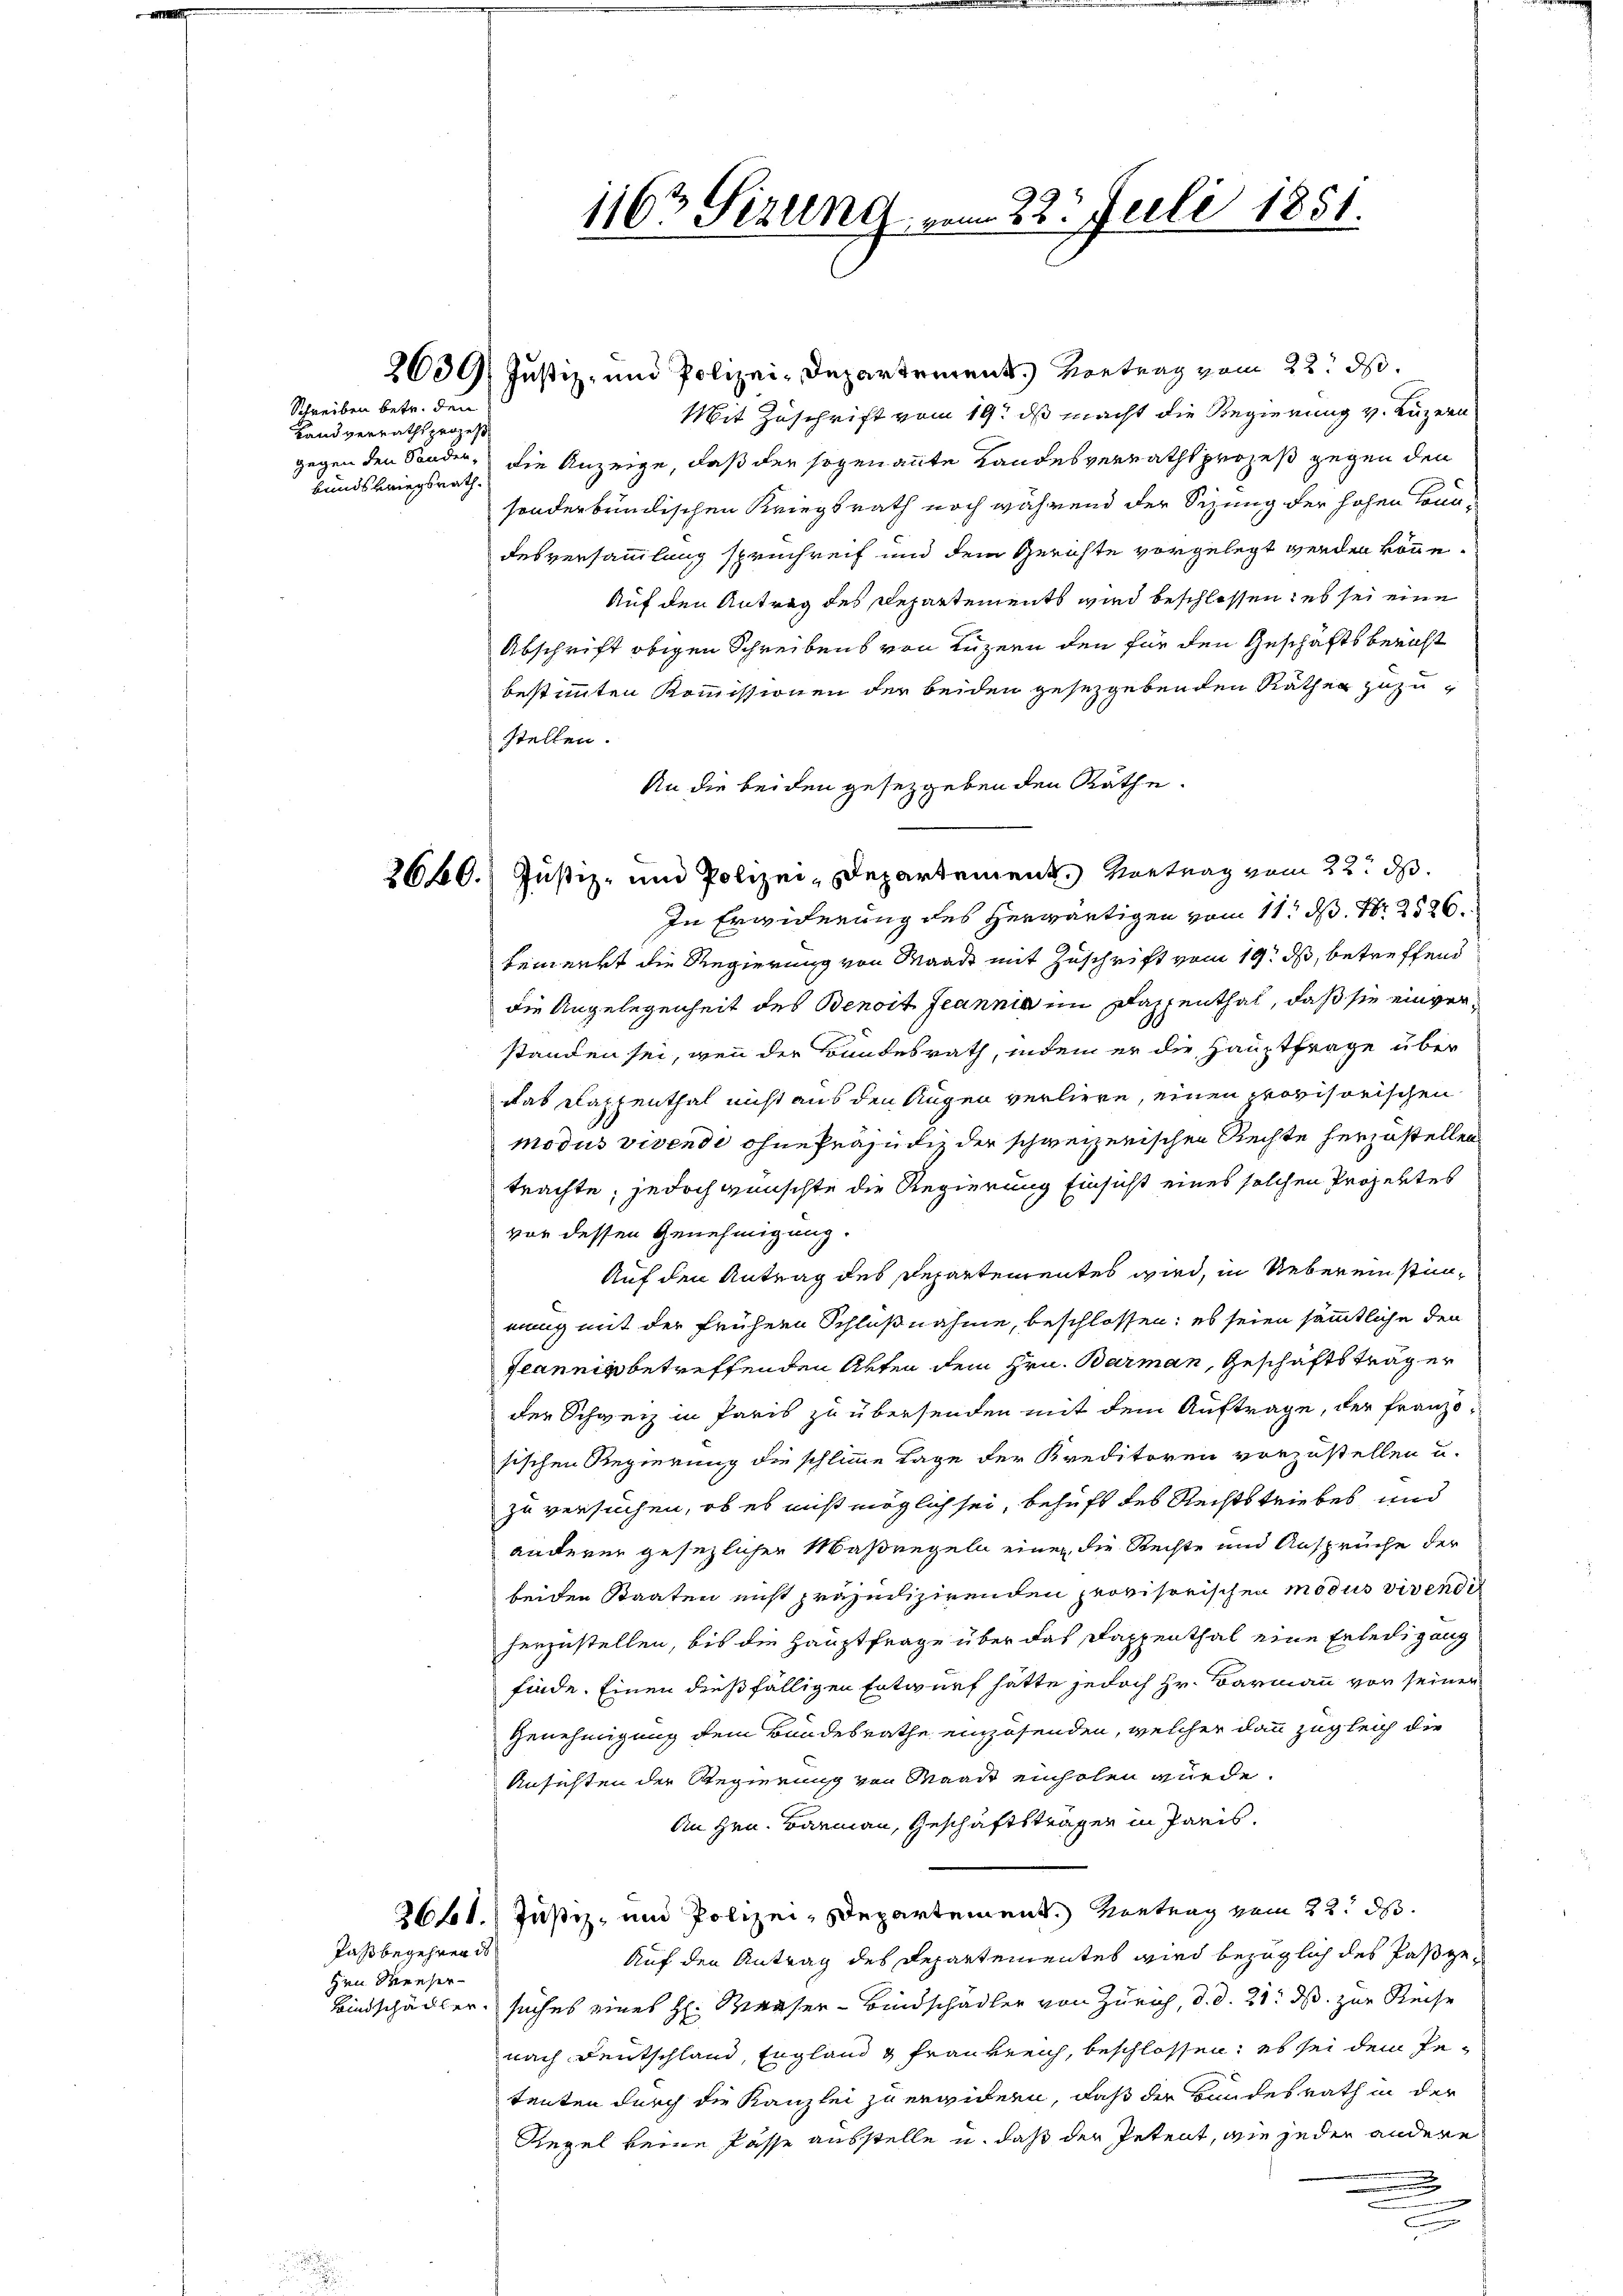
Schreiben betr. den
Landverrathsprozes
bundskriegsrath.

Paßbegehren is
Hrn. Weiser

2630. Justiz- und Polizei-Departement.) Vortrag vom 22. ds.
Mit Zuschrift vom 19t ds macht die Regierung v. Luzern
gegen den Sonder, die Anzeige, daß der sogenannte Landesverrathsprozeß gegen den
sonderbrindischen Kriegsrath noch während der Sizung der hohen konndesversammlung sprechreif und dem Gerichte vorgelegt werden könn¬
Auf den Antrag des Departements wird beschlossen, es sei eine
Abschrift obigen Schreibens von Luzern den für den Geschäftsbericht
bestimmten Kommissionen der beiden gesetzgebenden Räthen zuzustellen.
An die beiden gesetzgeben den Räthe.
2660.) Justiz- und Polizei-Departement. Vortrag vom 22. d.
In Erwiderung des Herwärtigen vom 11. d. 226.
bemerkt die Regierung von Waadt mit Zuschrift vom 19. ds, betreffend
die Angelegenheit des Benoit Jeannia im Dappenthal, daß sie einverstanden sei, wenn der Bundesrath, indem er die Hauptfrage über
das Klassenthal nicht aus den Augen verliere, einen provisorischen
modus vivende ohne Präjudiz der schweizerischen Rechte herzustellen
trachte; jedoch wünschte die Regierung Einsicht eines solchen Projektes
vor dessen Genehmigung.
Auf den Antrag des Departementes wird, in Uebereinstimmung mit der frühern Schlußnahme, beschlossen; es seien sämmtliche den
Jeannis betreffenden Akten dem Hrn. Barman, Geschäftstrag er
der Schweiz in Paris zu übersenden mit dem Auftrage, der Französischen Regierung die schlimme Lage der Kreditoren vorzustellen u.
zu versuchen, ob es nicht möglich sei, behuft des Rechtstriebes und
anderer gesezlichen Maßregeln einer die Rechte und Ansprüche der
beiden Staaten nicht präjudizirenden provisorischen modus vivendi
herzustellen, bis die Hauptfrage über das Dappenthal eine Erledigung
finde. Einen dießfälligen Entwurf hätte jedoch Hr. Barmann vor seinen
Genehmigung dem Bundesrathe einzusenden, welcher dann zugleich die
Ansichten der Regierung von Waadt einholen würde.
An Hrn. Barmann, Geschäftsträger in Paris.
2661. Justiz- und Polizei-Departement. Vortrag vom 22. ds.
Auf den Antrag des Departementes wird bezüglich des Paß ge¬
Bindschädler, suches eines H: Maaser- Bindschadler von Zürich, d. d. 21. ds. zur Reise
nach Deutschland, England g Frankreich, beschlossen; es sei dem Petenten durch die Kanzlei zu erwidern, daß der Bundesrath in der
Regel keine Pässe ausstelle u. daß der Petent, wie jeder andere
g

1163 Sizung vom 22. Juli 1851.

c